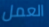
العمل